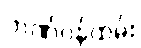
ဘဏ်ဝန်ထမ်း